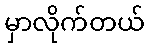
မှာလိုက်တယ်